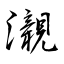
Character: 瀙